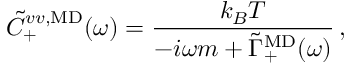
\Tilde { C } _ { + } ^ { v v , \mathrm { M D } } ( \omega ) = \frac { k _ { B } T } { - i \omega m + \Tilde { \Gamma } _ { + } ^ { \mathrm { M D } } ( \omega ) } \, ,